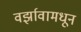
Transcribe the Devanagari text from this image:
वर्झावामधून